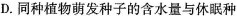
D.同种植物萌发种子的含水量与休眠种